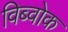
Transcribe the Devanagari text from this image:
विब्वोक